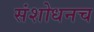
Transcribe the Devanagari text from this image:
संशोधनच